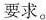
要求。